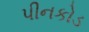
પીનકોડ